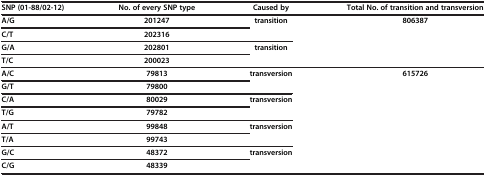
| SNP (01-88/02-12) | No. of every SNP type | Caused by | Total No. of transition and transversion |
 | --- | --- | --- | --- |
 | A/G | 201247 | <ROWSPAN=2> transition | <ROWSPAN=4> 806387 |
 | C/T | 202316 |
 | G/A | 202801 | <ROWSPAN=2> transition |
 | T/C | 200023 |
 | A/C | 79813 | <ROWSPAN=2> transversion | <ROWSPAN=8> 615726 |
 | G/T | 79800 |
 | C/A | 80029 | <ROWSPAN=2> transversion |
 | T/G | 79782 |
 | A/T | 99848 | <ROWSPAN=2> transversion |
 | T/A | 99743 |
 | G/C | 48372 | <ROWSPAN=2> transversion |
 | C/G | 48339 |